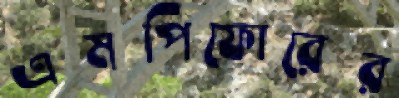
এমপিফোরের